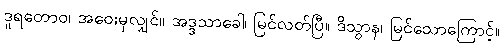
ဒူရတောဝ၊ အဝေးမှလျှင်။ အဒ္ဒသာခေါ၊ မြင်လတ်ပြီ။ ဒိသွာန၊ မြင်သောကြောင့်။